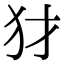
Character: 犲